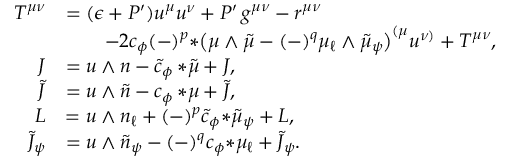
\begin{array} { r l } { T ^ { \mu \nu } } & { = ( \epsilon + P ^ { \prime } ) u ^ { \mu } u ^ { \nu } + P ^ { \prime } \, g ^ { \mu \nu } - r ^ { \mu \nu } } \\ & { \qquad - 2 c _ { \phi } ( - ) ^ { p } { * \big ( \mu \wedge \tilde { \mu } - ( - ) ^ { q } \mu _ { \ell } \wedge \tilde { \mu } _ { \psi } \big ) } ^ { ( \mu } u ^ { \nu ) } + { \cal T } ^ { \mu \nu } , } \\ { J } & { = u \wedge n - \tilde { c } _ { \phi } \, { * \tilde { \mu } } + { \cal J } , } \\ { \tilde { J } } & { = u \wedge \tilde { n } - c _ { \phi } \, { * \mu } + { \cal \tilde { J } } , } \\ { L } & { = u \wedge n _ { \ell } + ( - ) ^ { p } \tilde { c } _ { \phi } { * \tilde { \mu } _ { \psi } } + { \cal L } , } \\ { \tilde { J } _ { \psi } } & { = u \wedge \tilde { n } _ { \psi } - ( - ) ^ { q } c _ { \phi } { * \mu _ { \ell } } + \tilde { \cal J } _ { \psi } . } \end{array}